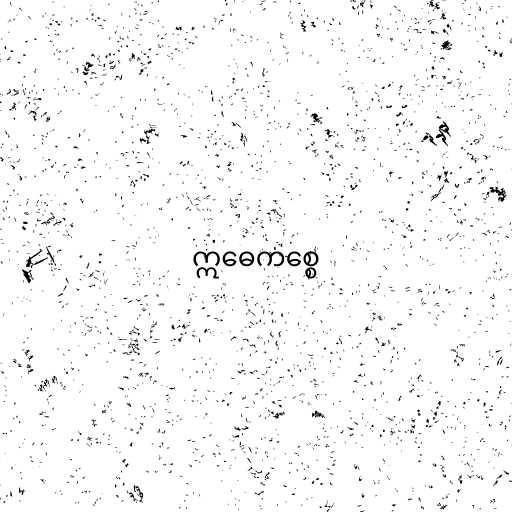
ဣဓေကစ္စေ